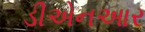
ડીએનઆર